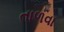
તાળવા